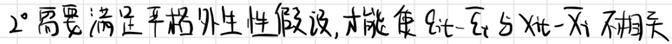
$2^{\circ}需要满足严格外生性假设,才能使 \varepsilon_{t}-\overline{\varepsilon}_{t} 与 X_{t}-\overline{X}_{t} 不相关$